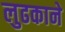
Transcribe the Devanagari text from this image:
लुढकाने